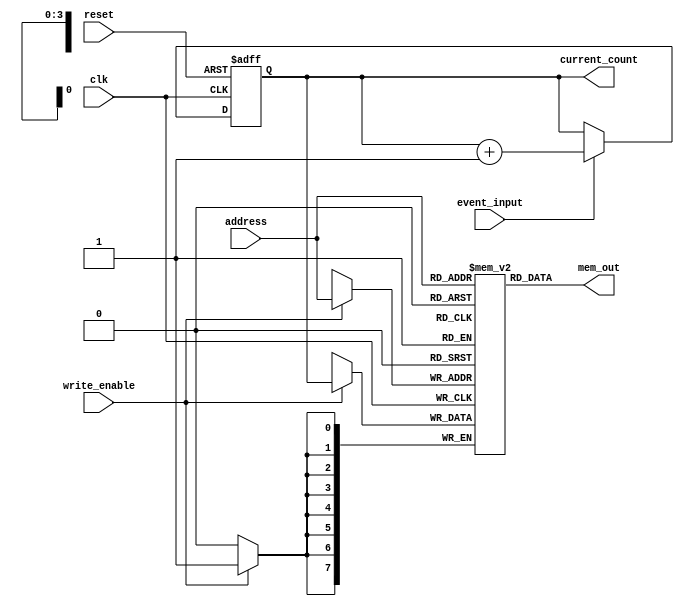
module MemoryBlocksEventCounter #(
    parameter COUNTER_WIDTH = 8,       // Width of the event counter
    parameter MEM_SIZE = 16,            // Number of memory blocks
    parameter MEM_WIDTH = COUNTER_WIDTH  // Each memory block holds one counter
) (
    input wire clk,                      // Clock input
    input wire reset,                    // Asynchronous reset
    input wire event_input,              // Input event signal
    input wire write_enable,             // Enable signal for writing to memory
    input wire [3:0] address,            // Address for selecting memory block
    output reg [MEM_WIDTH-1:0] mem_out,  // Output for reading from memory
    output wire [COUNTER_WIDTH-1:0] current_count // Current counter value
);

    // Counter register
    reg [COUNTER_WIDTH-1:0] counter;

    // Memory array declaration
    reg [MEM_WIDTH-1:0] memory [0:MEM_SIZE-1];

    // Synchronous logic for counting
    always @(posedge clk or posedge reset) begin
        if (reset) begin
            counter <= 0; // Reset counter asynchronously
        end
        else if (event_input) begin
            counter <= counter + 1; // Increment counter on event input
        end
    end

    // Memory write logic
    always @(posedge clk) begin
        if (write_enable) begin
            memory[address] <= counter; // Write current count to memory
        end
    end

    // Memory read logic (Combinatorial)
    always @(*) begin
        mem_out = memory[address]; // Output the data from the selected memory block
    end

    // Assign current count for external use
    assign current_count = counter; // For retrieving the current count value

endmodule